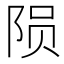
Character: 陨